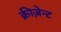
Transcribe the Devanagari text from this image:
क्रीज़ेन्ट